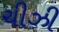
ચીઝી